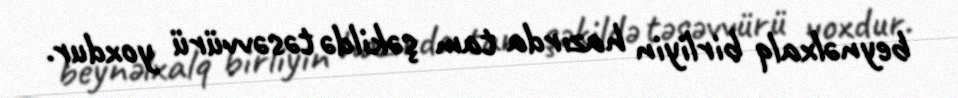
beynəlxalq birliyin hazırda tam şəkildə təsəvvürü yoxdur.